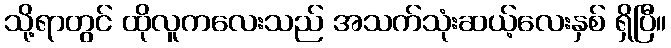
သို့ရာတွင် ထိုလူကလေးသည် အသက်သုံးဆယ့်လေးနှစ် ရှိပြီ။